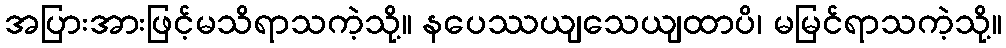
အပြားအားဖြင့်မသိရာသကဲ့သို့။ နပေဿယျသေယျထာပိ၊ မမြင်ရာသကဲ့သို့။